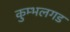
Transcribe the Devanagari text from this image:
कुम्भलगड